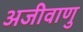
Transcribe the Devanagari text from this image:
अजीवाणु